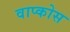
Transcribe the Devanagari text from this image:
वाप्कोस